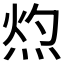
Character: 𭴰